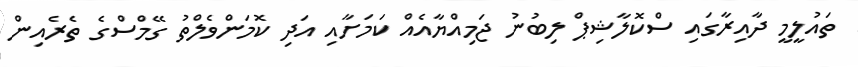
ތައުލީމީ ދާއިރާގައި ސްކޮލާޝިޕް ލިބުނު ޖަމިއްޔާއެއް ކަމަށާއި އަދި ކޮމަންވެލްތު ގޭމްސްގެ ތެރެއިން